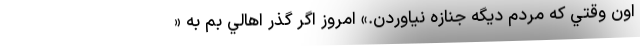
اون وقتي كه مردم ديگه جنازه نياوردن.» امروز اگر گذر اهالي بم به «